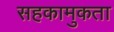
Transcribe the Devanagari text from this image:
सहकामुकता